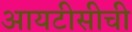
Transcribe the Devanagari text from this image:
आयटीसीची